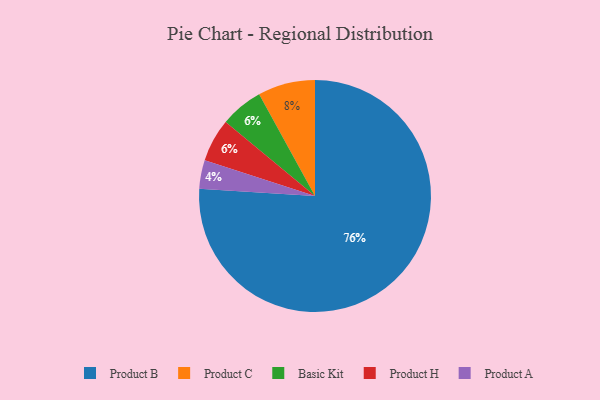
{"axis": {"x": "Category", "y": "Percentage"}, "legend": ["Basic Kit", "Product A", "Product B", "Product C", "Product H"], "data": [{"x": "Basic Kit", "y": 6, "type": "Basic Kit"}, {"x": "Product A", "y": 4, "type": "Product A"}, {"x": "Product H", "y": 6, "type": "Product H"}, {"x": "Product C", "y": 8, "type": "Product C"}, {"x": "Product B", "y": 76, "type": "Product B"}]}